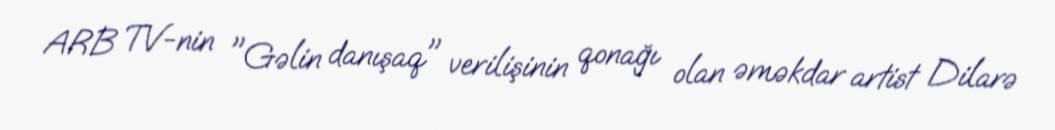
ARB TV-nin "Gəlin danışaq" verilişinin qonağı olan əməkdar artist Dilarə